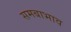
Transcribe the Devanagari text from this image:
समबाभाव